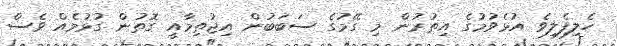
ހެލިފެލިވެ އުޅެވުމުގެ އިތުރުން މި ގޭމުގެ ސަބަބުން އިޖުތިމާއީ ގޮތުން ގުޅުމެއް ވެސް